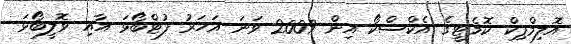
އޮލިމްޕިކް ކޮމެޓީގެ އެކްސްކޯ އިން 2009 ވަނަ އަހަރު ފުޓްބޯޅަ އާއި ވޮލީބޯޅަ